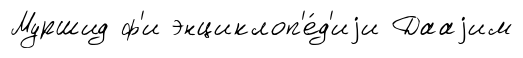
Муршид ф'и энциклоп'е́д'иjи Дааjим